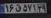
۱۶ق۵۷۱۲۹